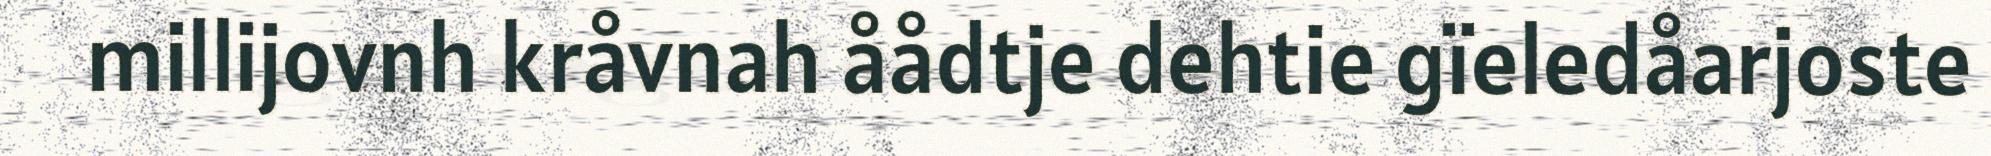
millijovnh kråvnah åådtje dehtie gïeledåarjoste